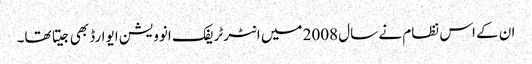
ان کے اس نظام نے سال 2008 میں انٹرٹریفک انوویشن ایوارڈ بھی جیتا تھا۔